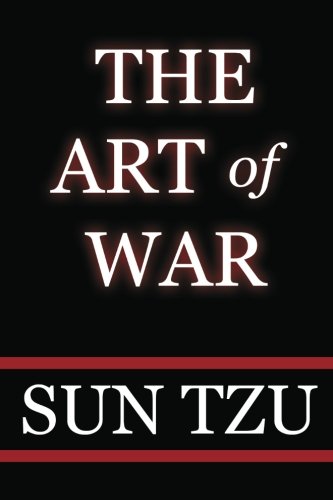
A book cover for The Art Of War; Sun Tzu; Education & Teaching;